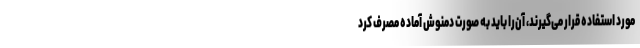
مورد استفاده قرار می‌گیرند، آن‌را باید به صورت دمنوش آماده مصرف کرد